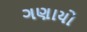
ગણાયો